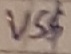
Text: VS$